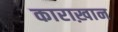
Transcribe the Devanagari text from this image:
काराख़ान